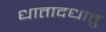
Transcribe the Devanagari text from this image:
धातादधातु